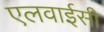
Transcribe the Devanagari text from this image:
एलवाईसी